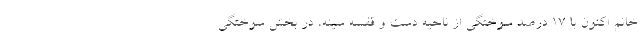
خانم اکنون با ۱۷ درصد سوختگی از ناحیه دست و قفسه سینه، در بخش سوختگی